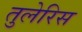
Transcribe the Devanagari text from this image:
तुलेरिस